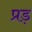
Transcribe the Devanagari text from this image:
प्रड़